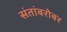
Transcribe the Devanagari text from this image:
संतांबरोबर